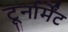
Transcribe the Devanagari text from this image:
टूर्नार्मेंट